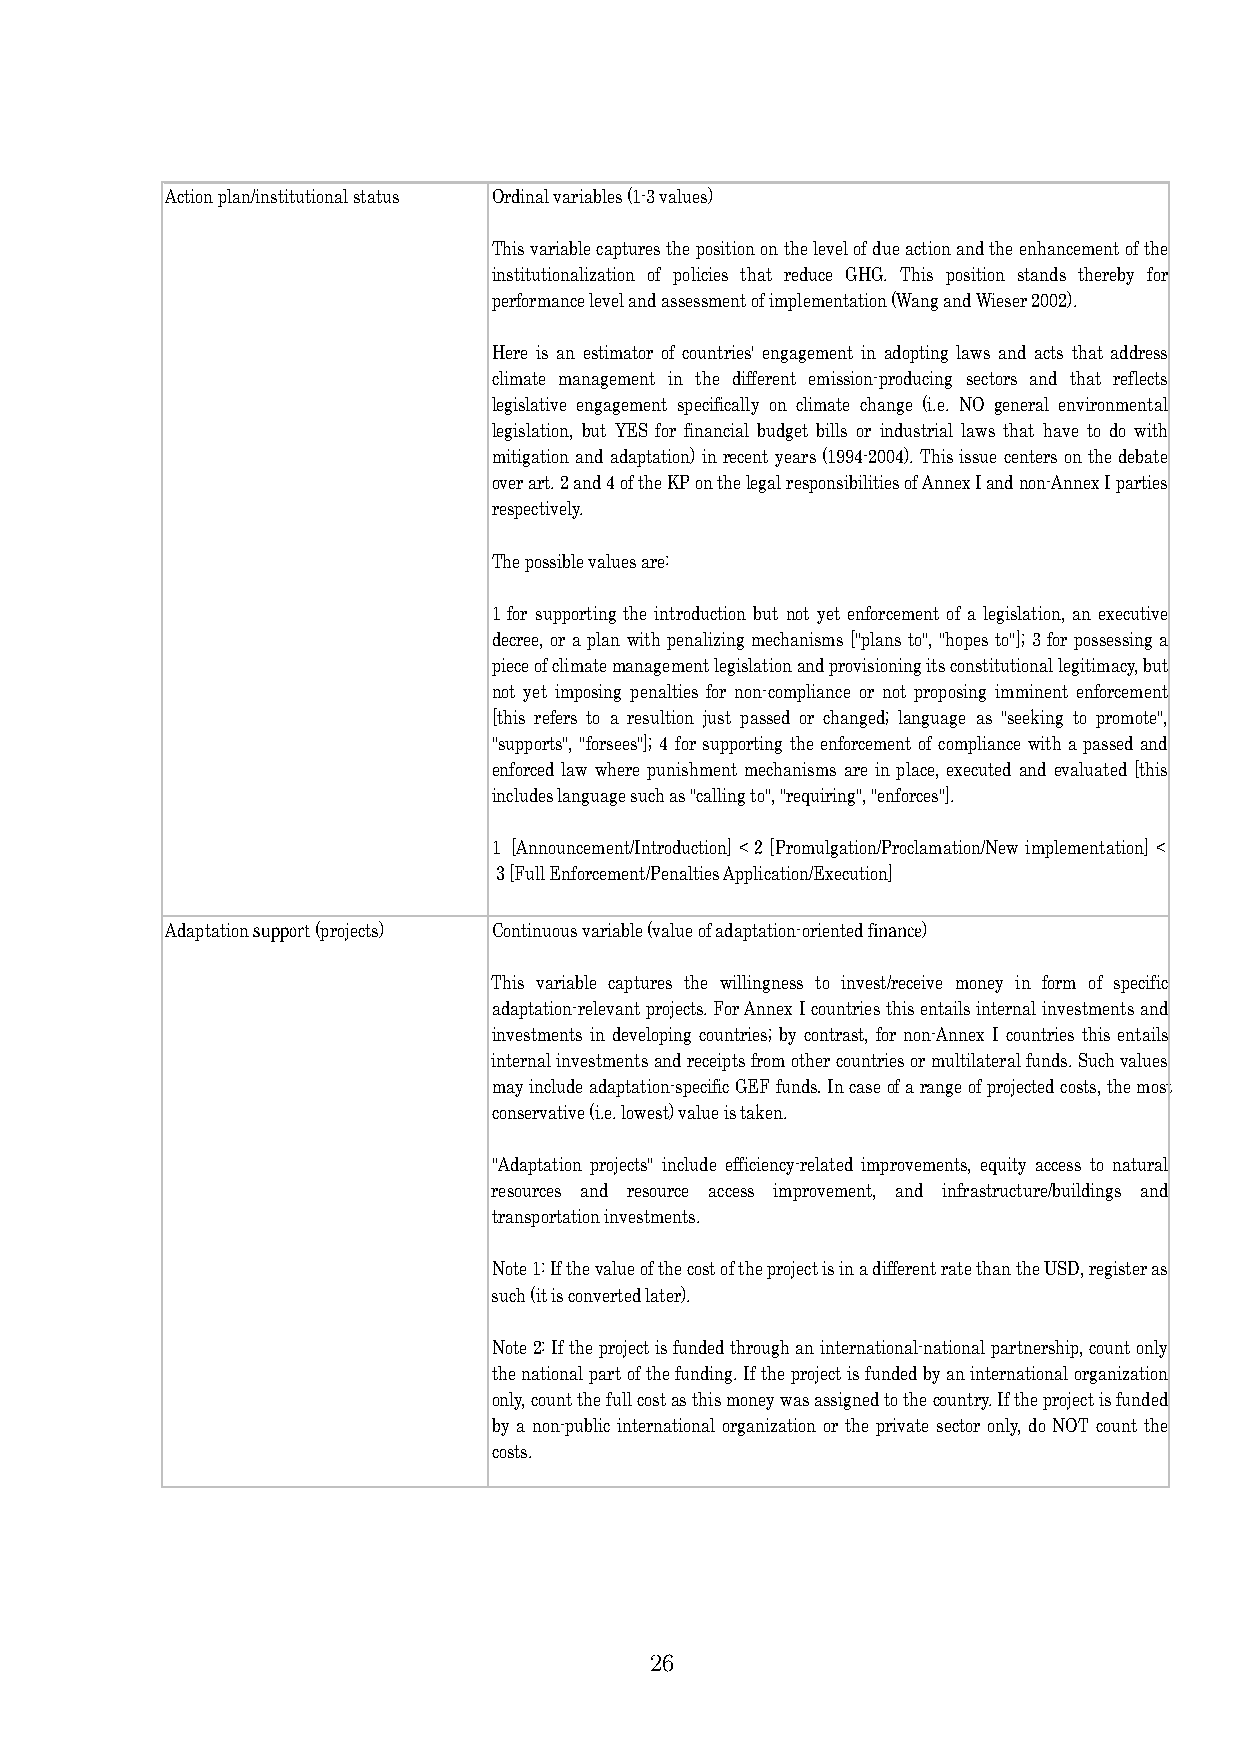
Action plan/institutional status Ordinal variables (1-3 values)
 Thisvariablecapturesthepositiononthelevelofdueactionandtheenhancementofthe
 institutionalization of policies that reduce GHG. This position stands thereby for
 performance level and assessment of implementation (Wang and Wieser 2002).
 Here is an estimator of countries' engagement in adopting laws and acts that address
 climate management in the different emission-producing sectors and that reflects
 legislative engagement specifically on climate change (i.e. NO general environmental
 legislation, but YES for financial budget bills or industrial laws that have to do with
 mitigationand adaptation)in recent years(1994-2004).Thisissue centers on thedebate
 overart.2and4oftheKPonthelegalresponsibilitiesofAnnexIandnon-AnnexIparties
 respectively.
 The possible values are:
 1 for supporting the introduction but not yet enforcement of a legislation, an executive
 decree, or a plan with penalizing mechanisms ["plans to","hopes to"];3 for possessing a
 pieceofclimatemanagementlegislationandprovisioningitsconstitutionallegitimacy,but
 not yet imposing penalties for non-compliance or not proposing imminent enforcement
 [this refers to a resultion just passed or changed; language as "seeking to promote",
 "supports","forsees"]; 4 for supporting theenforcement of compliance witha passedand
 enforced law where punishment mechanisms are in place, executed and evaluated [this
 includes language such as "calling to", "requiring", "enforces"].
 1 [Announcement/Introduction] < 2 [Promulgation/Proclamation/New implementation] <
 3 [Full Enforcement/Penalties Application/Execution]
 Adaptation support (projects) Continuous variable (value of adaptation-oriented finance)
 This variable captures the willingness to invest/receive money in form of specific
 adaptation-relevantprojects.ForAnnexIcountriesthisentailsinternalinvestmentsand
 investments in developing countries; by contrast, for non-Annex I countries this entails
 internalinvestmentsandreceiptsfromothercountriesormultilateralfunds.Suchvalues
 mayincludeadaptation-specificGEFfunds.Incaseofarangeofprojectedcosts,themost
 conservative (i.e. lowest) value is taken.
 "Adaptation projects" include efficiency-related improvements, equity access to natural
 resources and resource access improvement, and infrastructure/buildings and
 transportation investments.
 Note1:IfthevalueofthecostoftheprojectisinadifferentratethantheUSD,registeras
 such (it is converted later).
 Note2:Iftheprojectisfundedthroughaninternational-nationalpartnership,countonly
 thenationalpartofthefunding.Iftheprojectisfundedbyaninternationalorganization
 only,countthefullcostasthismoneywasassignedtothecountry.Iftheprojectisfunded
 by a non-public international organization or the private sector only, do NOT count the
 costs.
 26